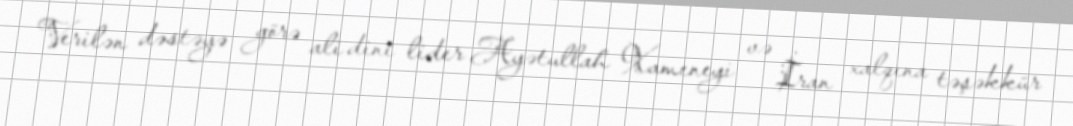
Verilən dəstəyə görə ali dini lider Ayətullah Xameneyi və İran xalqına təşəkkür